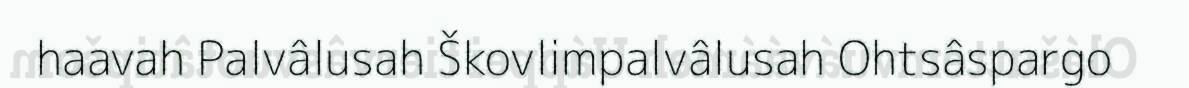
haavah Palvâlusah Škovlimpalvâlusah Ohtsâspargo